system: You are a helpful assistant.
user:
Analyze the provided spectrum to determine if it is a **Carbon Star (C-type)**.

- **Key Visual Indicators of Carbon Star:**
    - **(Primary):** Strong molecular absorption from **C₂ (diatomic carbon) "Swan Bands."** This is the **defining feature** of a carbon star.
        - **(Key Bandheads):** Sharp absorption edges are visible at approximately $5635$ Å, $5165$ Å (the strongest band), and $4737$ Å.
        - **(Line Profile):** Creates a distinct **"saw-tooth"** pattern. The key morphology is a sharp, steep bandhead on the **red (long-wavelength) side**, which then gradually tapers off (i.e., flux recovers) towards the **blue (short-wavelength) side**. *(This is the direct opposite of the TiO bands seen in M-type stars)*.

    - **(Secondary):** Intense **CN (cyanogen)** molecular absorption bands.
        - **(Key Bandheads):** Located in the blue and violet regions of the spectrum (e.g., near $4215$ Å and $3883$ Å).
        - **(Morphology):** These bands are extremely broad and act as a "blanket," absorbing the vast majority of blue and violet light. This creates a characteristic **"cliff"** or **"steep drop-off"** in the spectrum's flux at short wavelengths.

    - **(Key Confirmation):** Strong **CH absorption band (G-band)**.
        - **(Key Bandhead):** Located around $4300$ Å. The contribution from CH molecules to this band is exceptionally strong.

    - **(Overall Spectrum):**
        - The continuum is severely "chopped up" by these deep molecular bands, especially C₂, rather than appearing as a smooth curve.
        - Due to the heavy CN and C₂ absorption in the blue-green, the vast majority of the star's flux is concentrated in the red part of the spectrum, giving the star its characteristic deep red color.

Think first, call **spectral_visualization_tool** if needed to examine features in detail, then provide your final answer. Your response must adhere to the following strict rules:
1.  **Overall Structure:** Your response must follow the format `<think>...</think> <tool_call>...</tool_call> (if a tool is used) <answer>...</answer>`.
2.  **Tool Usage Constraint:** You may only make **one** tool call per turn.
3.  **Final Answer Format:** In the `<answer>` tag, your conclusion must be inside a `\boxed{}` command (e.g., `\boxed{YES}`), followed by your justification.

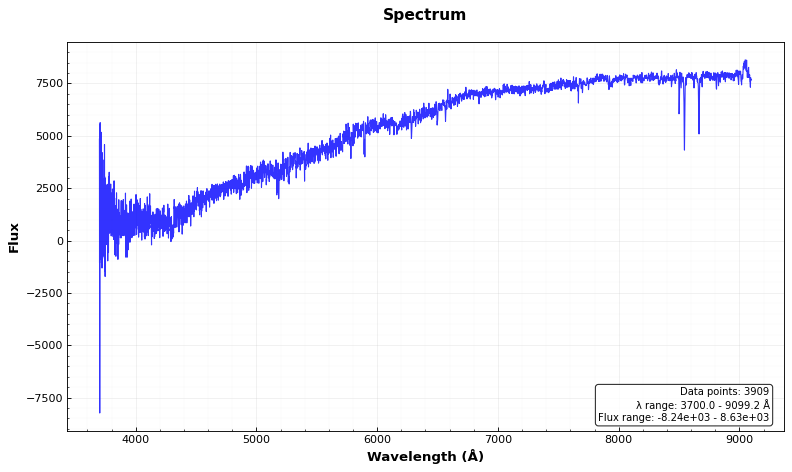
Answer: NO